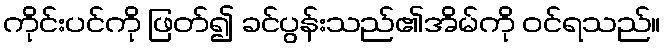
ကိုင်းပင်ကို ဖြတ်၍ ခင်ပွန်းသည်၏အိမ်ကို ဝင်ရသည်။